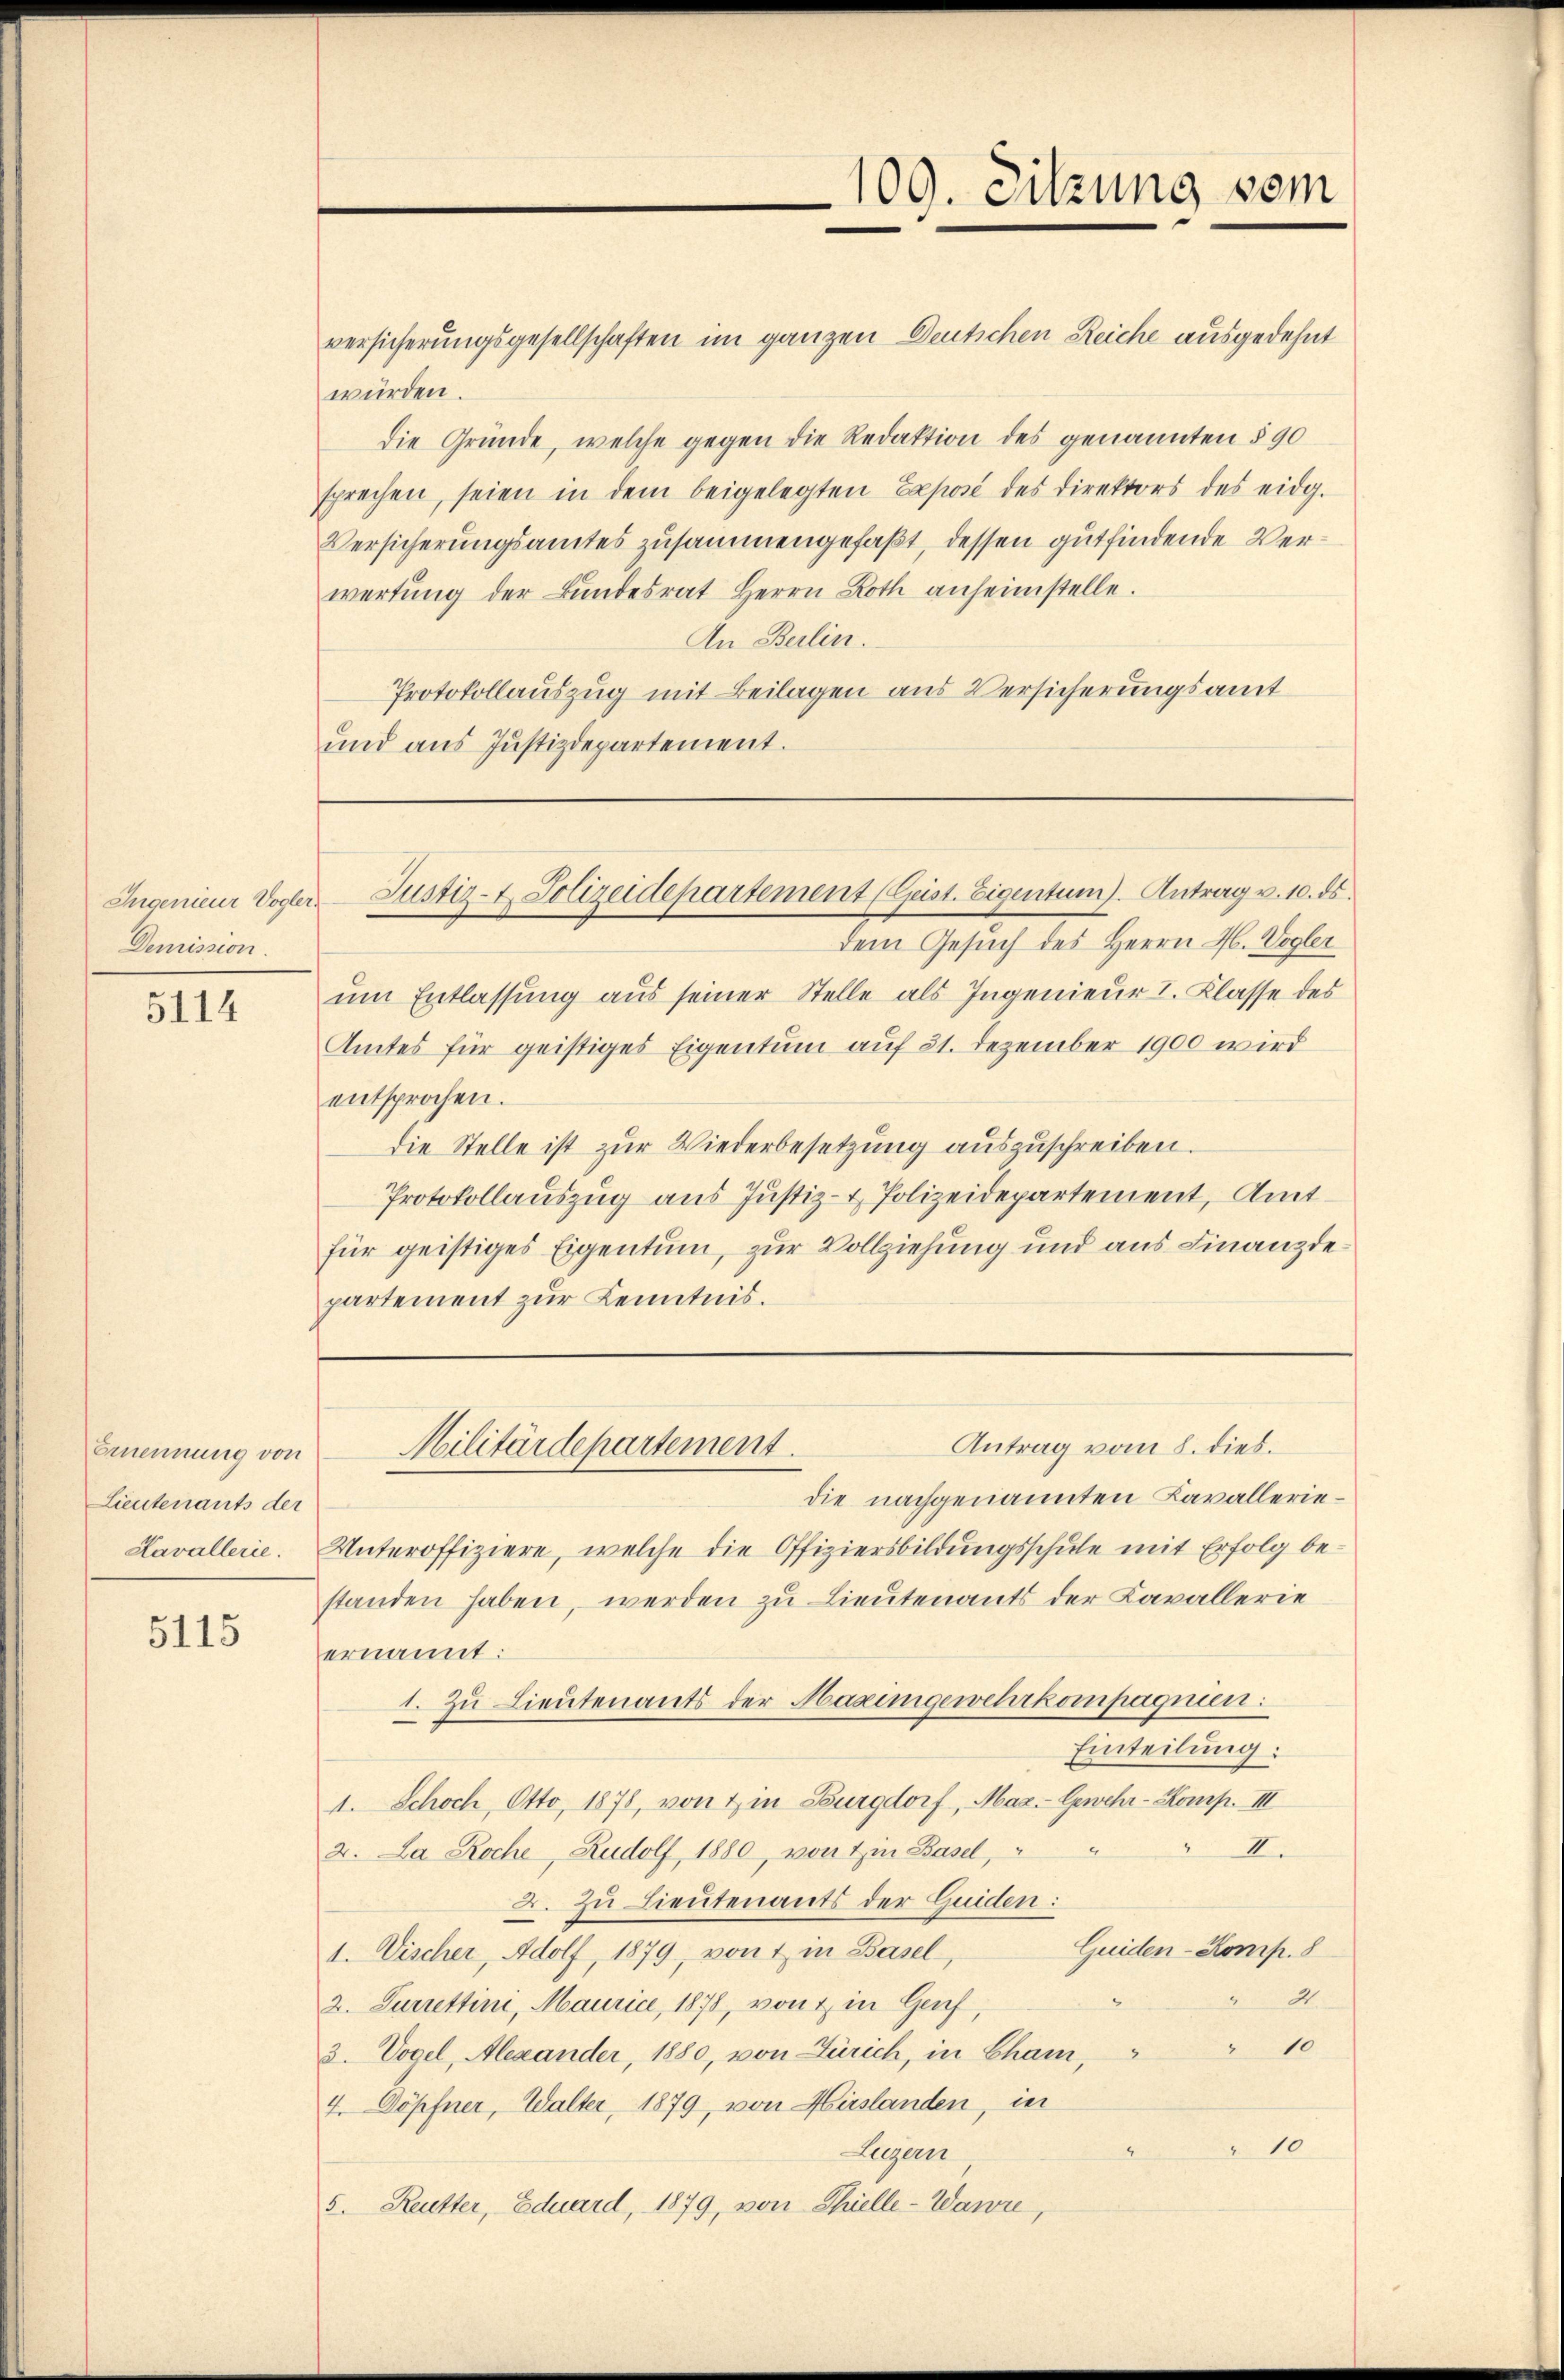
Demission.

5114

Ernennung von
Lieutenants der
Kavallerie.

5115

versicherungsgesellschaften im ganzen Deutschen Reiche ausgedehnt
würden.
die Gründe, welche gegen die Redaktion des genannten § 90
sprechen, seien in dem beigelegten Exposé des Direktors des eidg.
Versicherungsamtes zusammengefaßt, dessen gutfindende Verwertŭng der Bŭndesrat Herrn Roth anheimstelle.
An Berlin.
Protokollauszug mit Beilagen aus Versicherungsamt
und aus Justizdepartement.

109. Sitzung vom

dem Gesuch des Herrn H. Vogler
um Entlassung aus seiner Stelle als Ingenieur I. Klasse des
Amtes für geistiges Eigentum auf 31. Dezember 1900 wird
entsprochen.
die Stelle ist zur Wiederbesetzung auszuschreiben.
Protokollauszug aus Justiz- & Polizeidepartement, Amtfür geistiges Eigentum, zur Vollziehung und aus Finanzdepartement zur Kenntnis.

Ingenieur Vogler Justiz- & Polizeidepartement (Geist. Eigentum). Antrag v. 10. ds.

die nachgenannten Lavallerie¬
Unteroffiziere, welche die Offiziersbildungsschule mit Erfolg bestanden haben, werden zu Lieutenants der Kavallerie
ernannt:
1. Zu Lieutenants der Haeimgewehrkompagnien:
Einteilung:
1. Schoch, Otto, 1878, von & in Burgdorf, Maz.- Gewehr-Komp. III
 2.
4
2. La Roche, Rudolf, 1880 von Ein Basel,
2. Zu Lieutenants der Guiden:
Guiden-Komp. 8
1. Vischer, Adolf, 1879, von 1 in Basel,
2
2. Furrettini, Maurice, 1878, von & in Genf,
3. Vogel, Alexander, 1880, von Zürich, in Cham, " " 10
4. Döpfner, Walter, 1879, von Hirslanden, in
2
Luzern
5. Reutter, Eduard, 1879, von Thielle-Wawvre,

Antrag vom 8. dies.
Militärdepartement.